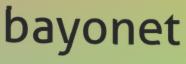
bayonet